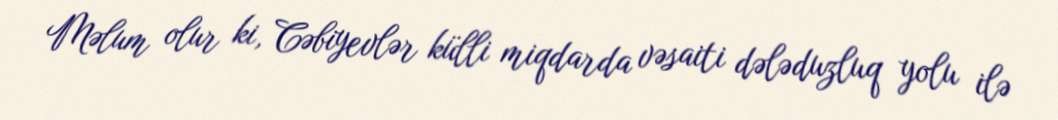
Məlum olur ki, Cəbiyevlər külli miqdarda vəsaiti dələduzluq yolu ilə